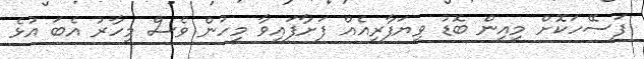
ފަސޭހަކޮށް މިއިން ބޮޑު ވިޔަފާރިއެއް ފަށާފައިވާ މީހުން ވެސް މިހާރު އެބަ އުޅެ